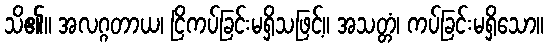
သိ၏။ အလဂ္ဂတာယ၊ ငြိကပ်ခြင်းမရှိသဖြင့်။ အသတ္တံ၊ ကပ်ခြင်းမရှိသော။